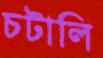
চটালি